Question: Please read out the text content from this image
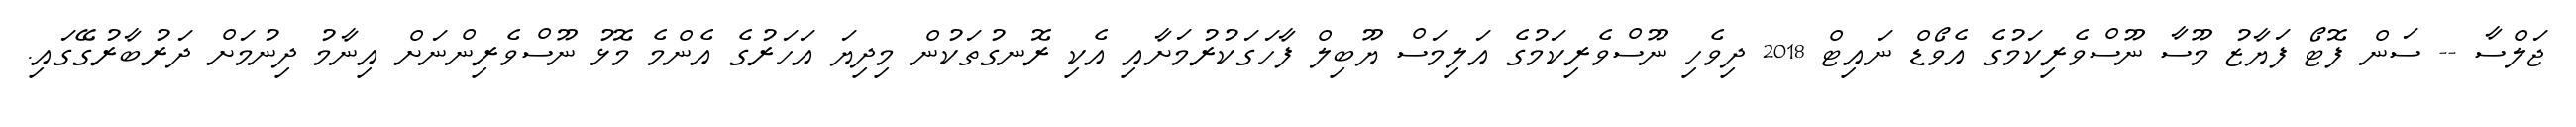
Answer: ޖަލްސާ -- ސަން ފޮޓޯ ފަޔާޒު މޫސާ ނޫސްވެރިކަމުގެ އެވޯޑް ނައިޓް 2018 ދިވެހި ނޫސްވެރިކަމުގެ އަލިމަސް ޔޫބިލް ފާހަގަކުރުމަށާއި އެކި ރޮނގުތަކުން މިދިޔަ އަހަރުގެ އެންމެ މޮޅު ނޫސްވެރިންނަށް އިނާމު ދިނުމަށް ދަރުބާރުގޭގައި.